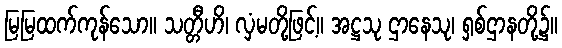
မြမြထက်ကုန်သော။ သတ္တီဟိ၊ လှံမတို့ဖြင့်။ အဋ္ဌသု ဌာနေသု၊ ရှစ်ဌာနတို့၌။